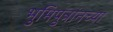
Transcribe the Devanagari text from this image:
भुमिपुत्रांनच्या